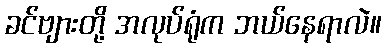
ခင်ဗျားတို့ အလုပ်ရုံက ဘယ်နေရာလဲ။